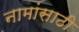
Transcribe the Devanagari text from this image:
नामांसाठी